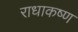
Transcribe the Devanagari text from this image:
राधाकष्‍ण